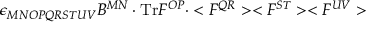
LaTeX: \epsilon _ { M N O P Q R S T U V } B ^ { M N } \cdot \mathrm { T r } F ^ { O P } \cdot < F ^ { Q R } > < F ^ { S T } > < F ^ { U V } >